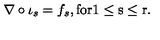
\nabla \circ \iota _ { s } = f _ { s } , \mathrm { f o r 1 \leq s \leq r } .